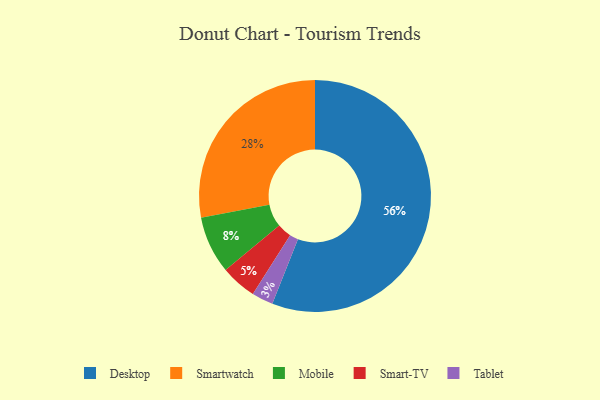
{"axis": {"x": "Category", "y": "Percentage"}, "legend": ["Desktop", "Mobile", "Smart-TV", "Smartwatch", "Tablet"], "data": [{"x": "Smart-TV", "y": 5, "type": "Smart-TV"}, {"x": "Mobile", "y": 8, "type": "Mobile"}, {"x": "Tablet", "y": 3, "type": "Tablet"}, {"x": "Smartwatch", "y": 28, "type": "Smartwatch"}, {"x": "Desktop", "y": 56, "type": "Desktop"}]}